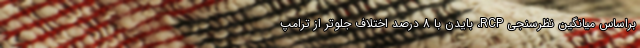
براساس میانگین نظرسنجی RCP، بایدن با 8 درصد اختلاف جلوتر از ترامپ